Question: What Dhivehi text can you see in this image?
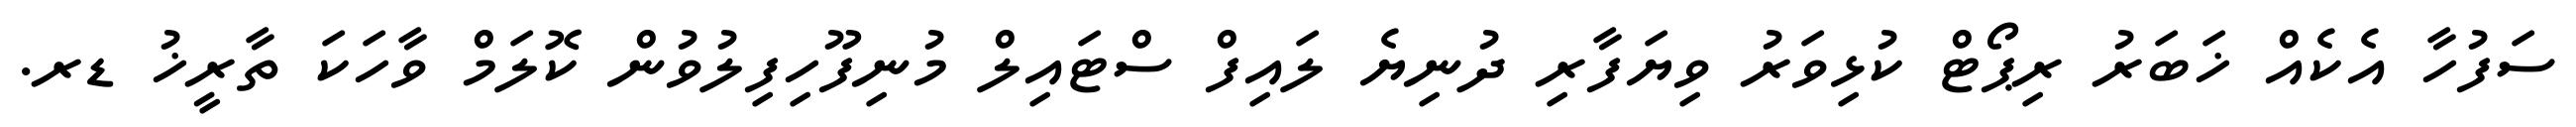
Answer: ސަފުހާ އެކެއް ޚަބަރު ރިޕޯޓް ކުޅިވަރު ވިޔަފާރި ދުނިޔެ ލައިފް ސްޓައިލް މުނިފޫހިފިލުވުން ކޮލަމް ވާހަކަ ތާރީޚު ޑރ.